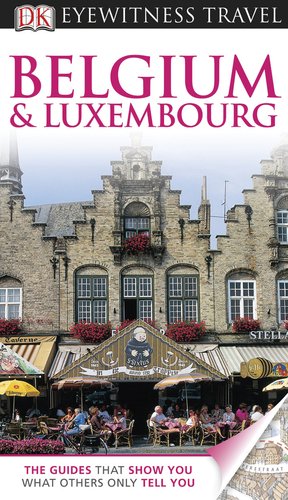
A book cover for Belgium and Luxembourg (Eyewitness Travel Guide); DK Publishing; Travel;